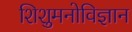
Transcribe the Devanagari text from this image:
शिशुमनोविज्ञान